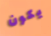
يكون